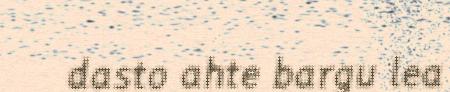
dasto ahte bargu lea